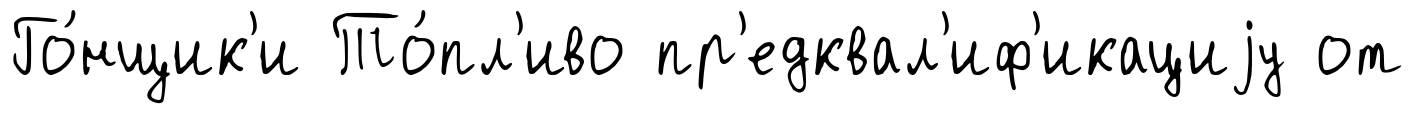
Го́нщик'и То́пл'иво пр'едквал'иф'икациjу от